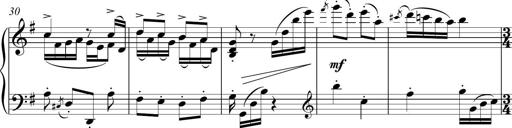
Title: Sonatina del HuÃ©car
Composer: JosÃ© Miguel Moreno Sabio